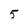
Character: 5